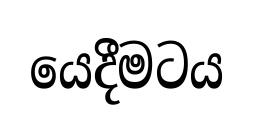
යෙදීමටය